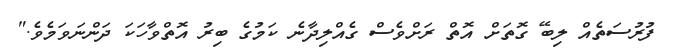
ފުރުސަތެއް ލިބޭ ގޮތަށް އޮތް ރަށްވެސް ގެއްލިދާނެ ކަމުގެ ބިރު އޮތްވާހަކަ ދަންނަވަމެވެ."